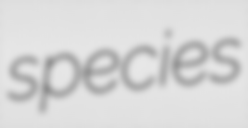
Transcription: species